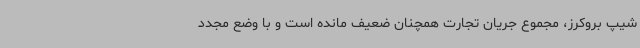
شیپ بروکرز، مجموع جریان تجارت همچنان ضعیف مانده است و با وضع مجدد